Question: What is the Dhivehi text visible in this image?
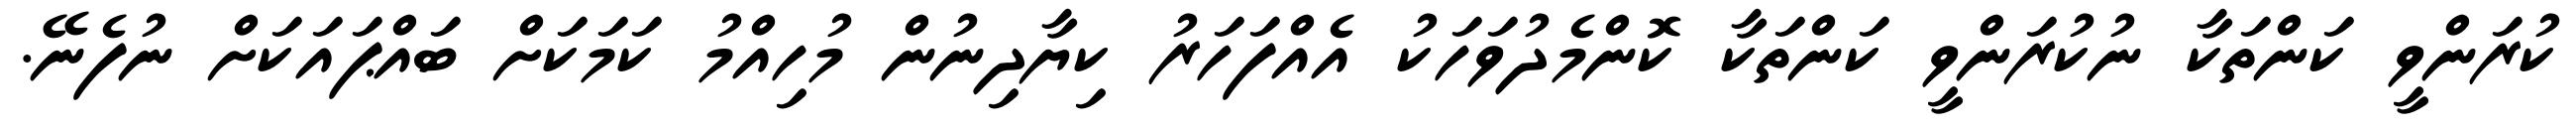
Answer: ކުރަންވީ ކަންތަކާ ނުކުރަންވީ ކަންތަކާ ކޮންމެދުވަހަކު އެއްފަހަރު ކިޔާދިނުން މުހިއްމު ކަމަކަށް ބައްޕައަކަށް ނުފެނޭ.